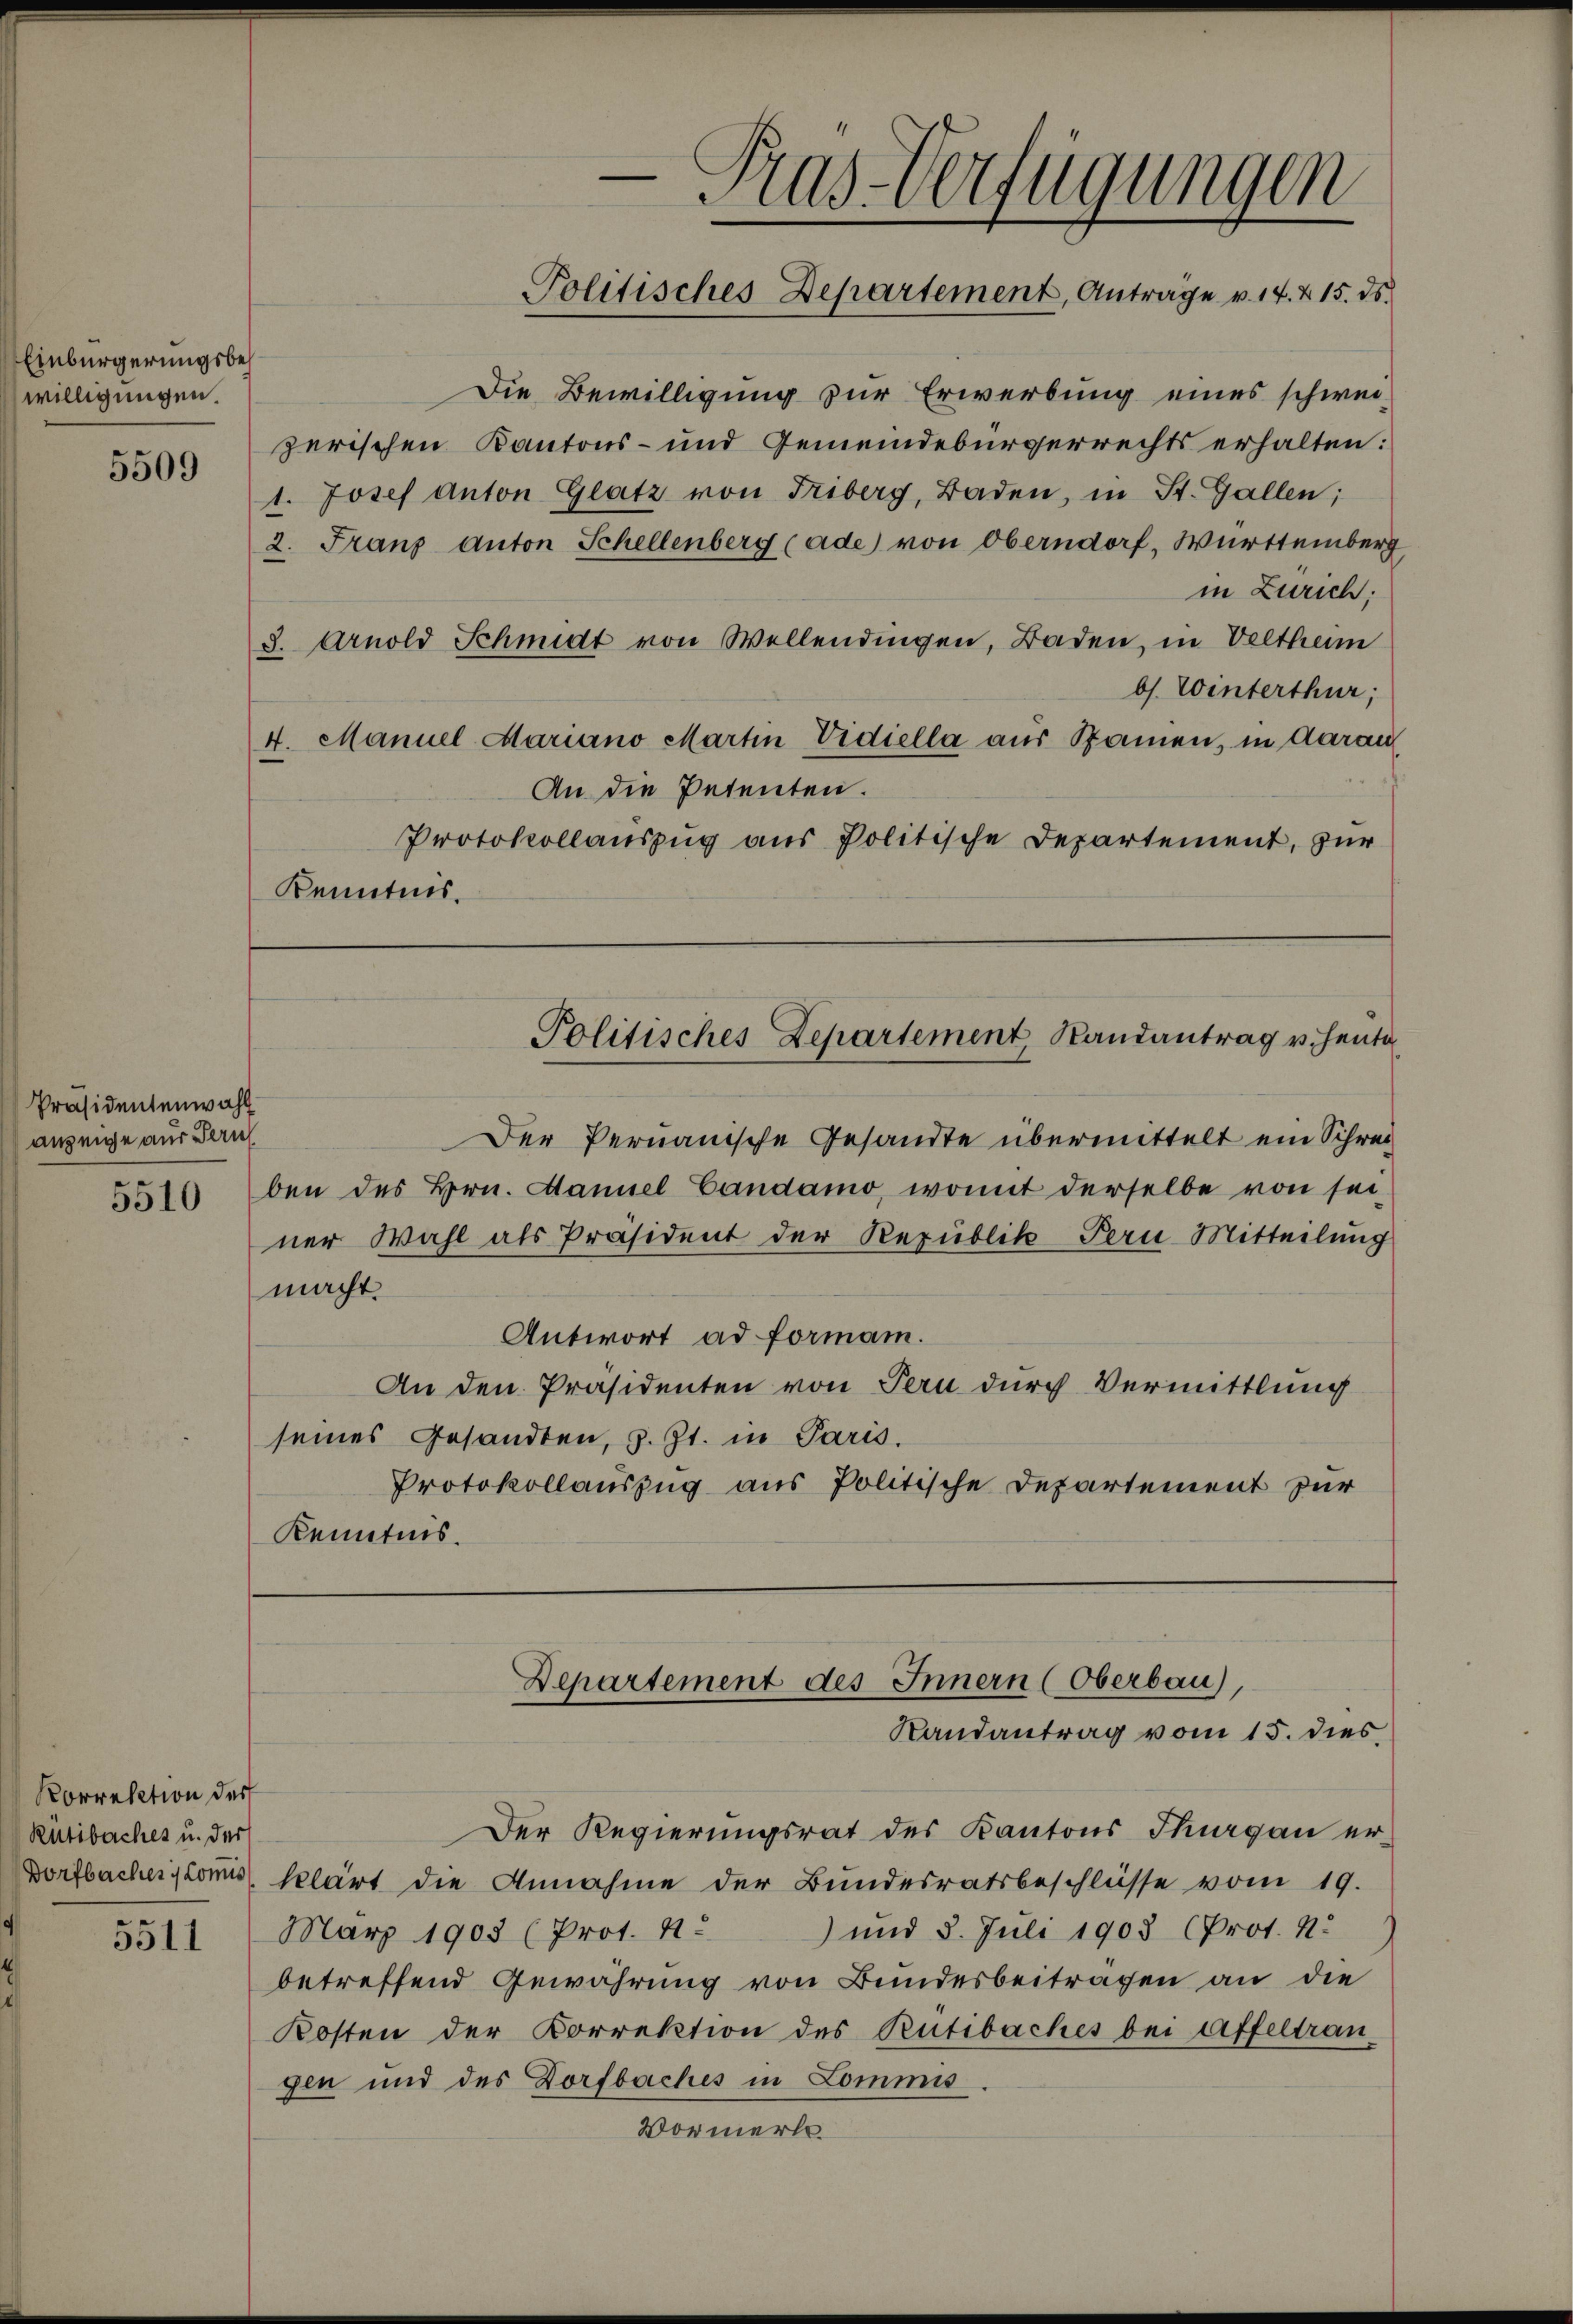
Einbürgerungsbewilligungen.

5509

Präsidentenwahl
anzeige aus Bern

5510

Korrektion der
Rütibaches u. der

5511

Die Bewilligung zur Erwerbung eines schwei-
zerischen Kantons- und Gemeindebürgerrechts erhalten:
1. Josef Anton Glatz von Triberg, Baden, in St. Gallen;
2. Franz Anton Schellenberg (ade von Oberndorf, Württemberg
in Zürich;
S. Arnold Schmidt von Wellendingen, Baden, in Veltheim
bs. Winterthur;
4. Manuel Mariano Martin Vidiella aŭs Spanien, in Aarau
An die Petenten.
Protokollauszug aus Politische Departement, zur
Kenntnis.

Der Pernauische Gesandte übermittelt ein Schreiben des Hrn. Daniel Candamo, womit derselbe von sei-
ner Wahl als Präsident der Republik Bern Mitteilung
macht.
Antwort ad forman.
An den Präsidenten von Pern durch Vermittlung
seines Gesandten, s. Zt. in Paris.
Protokollauszug aus Politische Departement zur
Kenntnis.

Der Regierungsrat des Kantons Thurgau er-
Dorfbachertonis klärt die Annahme der Bundesratsbeschlüsse vom 19.
März 1903 (Prot. 4. und 5. Juli 1903 (Prot. N.
betreffend Gewährung von Bundesbeiträgen an die
Kosten der Korrektion des Rütibaches bei Affeltran
gen und des Dorfbaches in Commis
Vormerks

x
e
as-Verfügungen
Politisches Departement, Anträge v. 14. 215. ds.

Politisches Departement Randantrag v. Heute

Departement des Innern (Oberbau),
Randantrag vom 15. dies